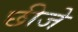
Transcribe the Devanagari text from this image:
छीजे